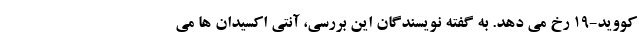
کووید-19 رخ می دهد. به گفته نویسندگان این بررسی، آنتی اکسیدان ها می